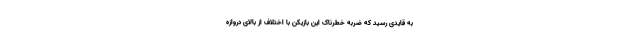
به قایدی رسید که ضربه خطرناک این بازیکن با اختلاف از بالای دروازه